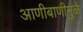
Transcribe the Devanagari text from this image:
आणीबाणीमुळे